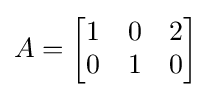
A={\begin{bmatrix}1&0&2\\0&1&0\end{bmatrix}}